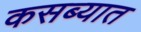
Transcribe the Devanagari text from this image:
कसब्यात